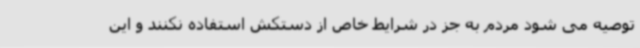
توصیه می شود مردم به جز در شرایط خاص از دستکش استفاده نکنند و این